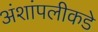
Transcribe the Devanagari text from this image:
अंशांपलीकडे